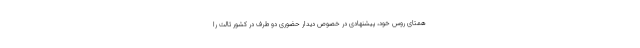
همتای روس خود، پیشنهادی در خصوص دیدار حضوری دو طرف در کشور ثالث را